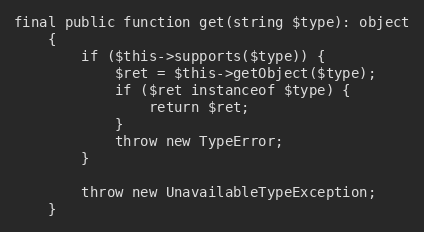
Language: PHP
final public function get(string $type): object
    {
        if ($this->supports($type)) {
            $ret = $this->getObject($type);
            if ($ret instanceof $type) {
                return $ret;
            }
            throw new TypeError;
        }

        throw new UnavailableTypeException;
    }